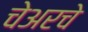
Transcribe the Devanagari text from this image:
चेअरचे